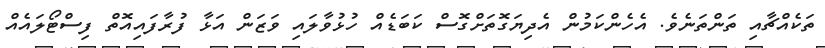
ތަކެއްޗާއި ތަންތަނެވެ. އެހެންކަމުން އެދިޔަގޮތަށްގޮސް ކަބަޑެއް ހުޅުވާލައި ވަޒަން އަޅާ ފުރާފައިއޮތް ފިސްޓޯލައެއް